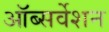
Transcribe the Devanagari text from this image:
ऑब्सर्वेशन